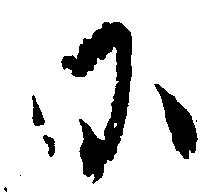
に